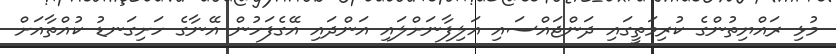
މުޅި ރައްޔިތުންގެ ކުރިމަތީގައި ދަންޖައްސައި އަލިފާނަށްލައި އަންދައި އޭގެފަހުން އޭނާގެ ހަށިގަނޑު ކުއްތާއަށް